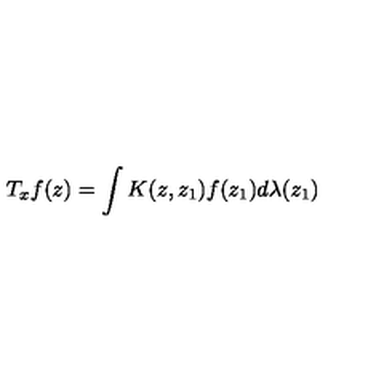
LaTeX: T _ { x } f ( z ) = \int K ( z , z _ { 1 } ) f ( z _ { 1 } ) d \lambda ( z _ { 1 } )